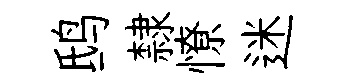
鸱隸憭迷